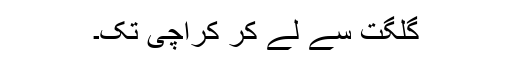
گلگت سے لے کر کراچی تک۔